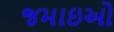
જમાઇઓ